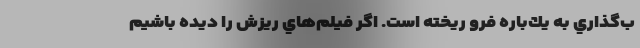
ب‌گذاري به يك‌باره فرو ريخته است. اگر فيلم‌هاي ريزش را ديده باشيم